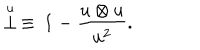
\stackrel { \scriptstyle u } { \bot } \, \equiv \, { \bf 1 } - \frac { u \otimes u } { u ^ { 2 } } .